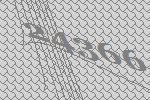
24366